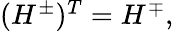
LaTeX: \begin{array}{r}{(H^{\pm})^{T}=H^{\mp},}\end{array}